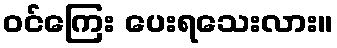
ဝင်ကြေး ပေးရသေးလား။